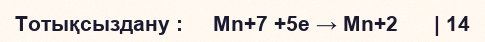
Тотықсыздану :     Mn+7 +5e → Mn+2      | 14